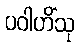
ပဝါဟိံသု